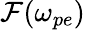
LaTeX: \mathcal{F}(\omega_{pe})